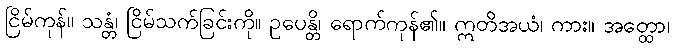
ငြိမ်ကုန်။ သန္တံ၊ ငြိမ်သက်ခြင်းကို။ ဥပေန္တိ၊ ရောက်ကုန်၏။ ဣတိအယံ၊ ကား။ အတ္ထော၊